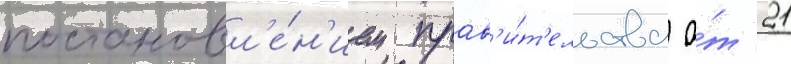
постановл'е́н'ием прав'и́т'ельства о́т 21